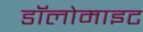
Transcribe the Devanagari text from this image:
डॉलोमाइट